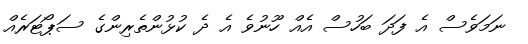
ނަމަވެސް އެ ފަދަ ބަހުސް އެއް ހޫނުވެ އެ ދެ ކުޅުންތެރިންގެ ސަޕޯޓަރެއް